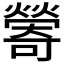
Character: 𪹽